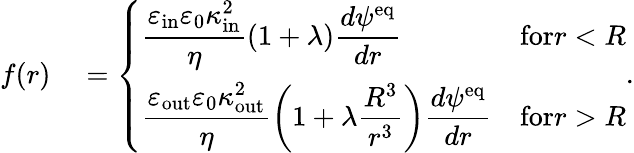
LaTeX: \begin{array}{rl}{f(r)}&{{}=\left\{ \begin{array}{ll}{\displaystyle\frac{\varepsilon_{\mathrm{in}}\varepsilon_{0}\kappa_{\mathrm{in}}^{2}}{\eta}(1+\lambda)\frac{d\psi^{\mathrm{eq}}}{dr}}&{\textrm{for}r<R}\\ {\displaystyle\frac{\varepsilon_{\mathrm{out}}\varepsilon_{0}\kappa_{\mathrm{out}}^{2}}{\eta}\left(1+\lambda\frac{R^{3}}{r^{3}}\right)\frac{d\psi^{\mathrm{eq}}}{dr}}&{\textrm{for}r>R}\end{array}\right..}\end{array}